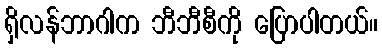
ရှိလန်ဘာဂါက ဘီဘီစီကို ပြောပါတယ်။